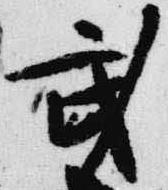
武